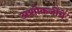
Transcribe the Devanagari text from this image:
अशोकजींचे